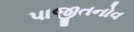
પાજીતનોવ